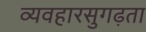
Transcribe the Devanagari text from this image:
व्यवहारसुगढ़ता